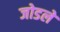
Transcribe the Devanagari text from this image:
जोडलें